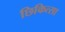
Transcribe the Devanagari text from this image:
छिकित्सा